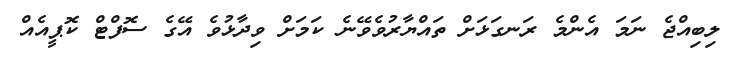
ލިބިއްޖެ ނަމަ އެންމެ ރަނގަޅަށް ތައްޔާރުވެވޭނެ ކަމަށް ވިދާޅުވެ އޭގެ ސޮފްޓް ކޮޕީއެއް